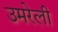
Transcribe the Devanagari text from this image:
उमरेली